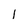
Character: 1